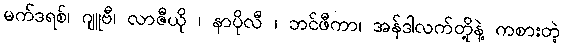
မက်ဒရစ်၊ ဂျူဗီ၊ လာဇီယို ၊ နာပိုလီ ၊ ဘင်ဖီကာ၊ အန်ဒါလက်တို့နဲ့ ကစားတဲ့